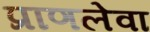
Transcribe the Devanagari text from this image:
प्राणलेवा